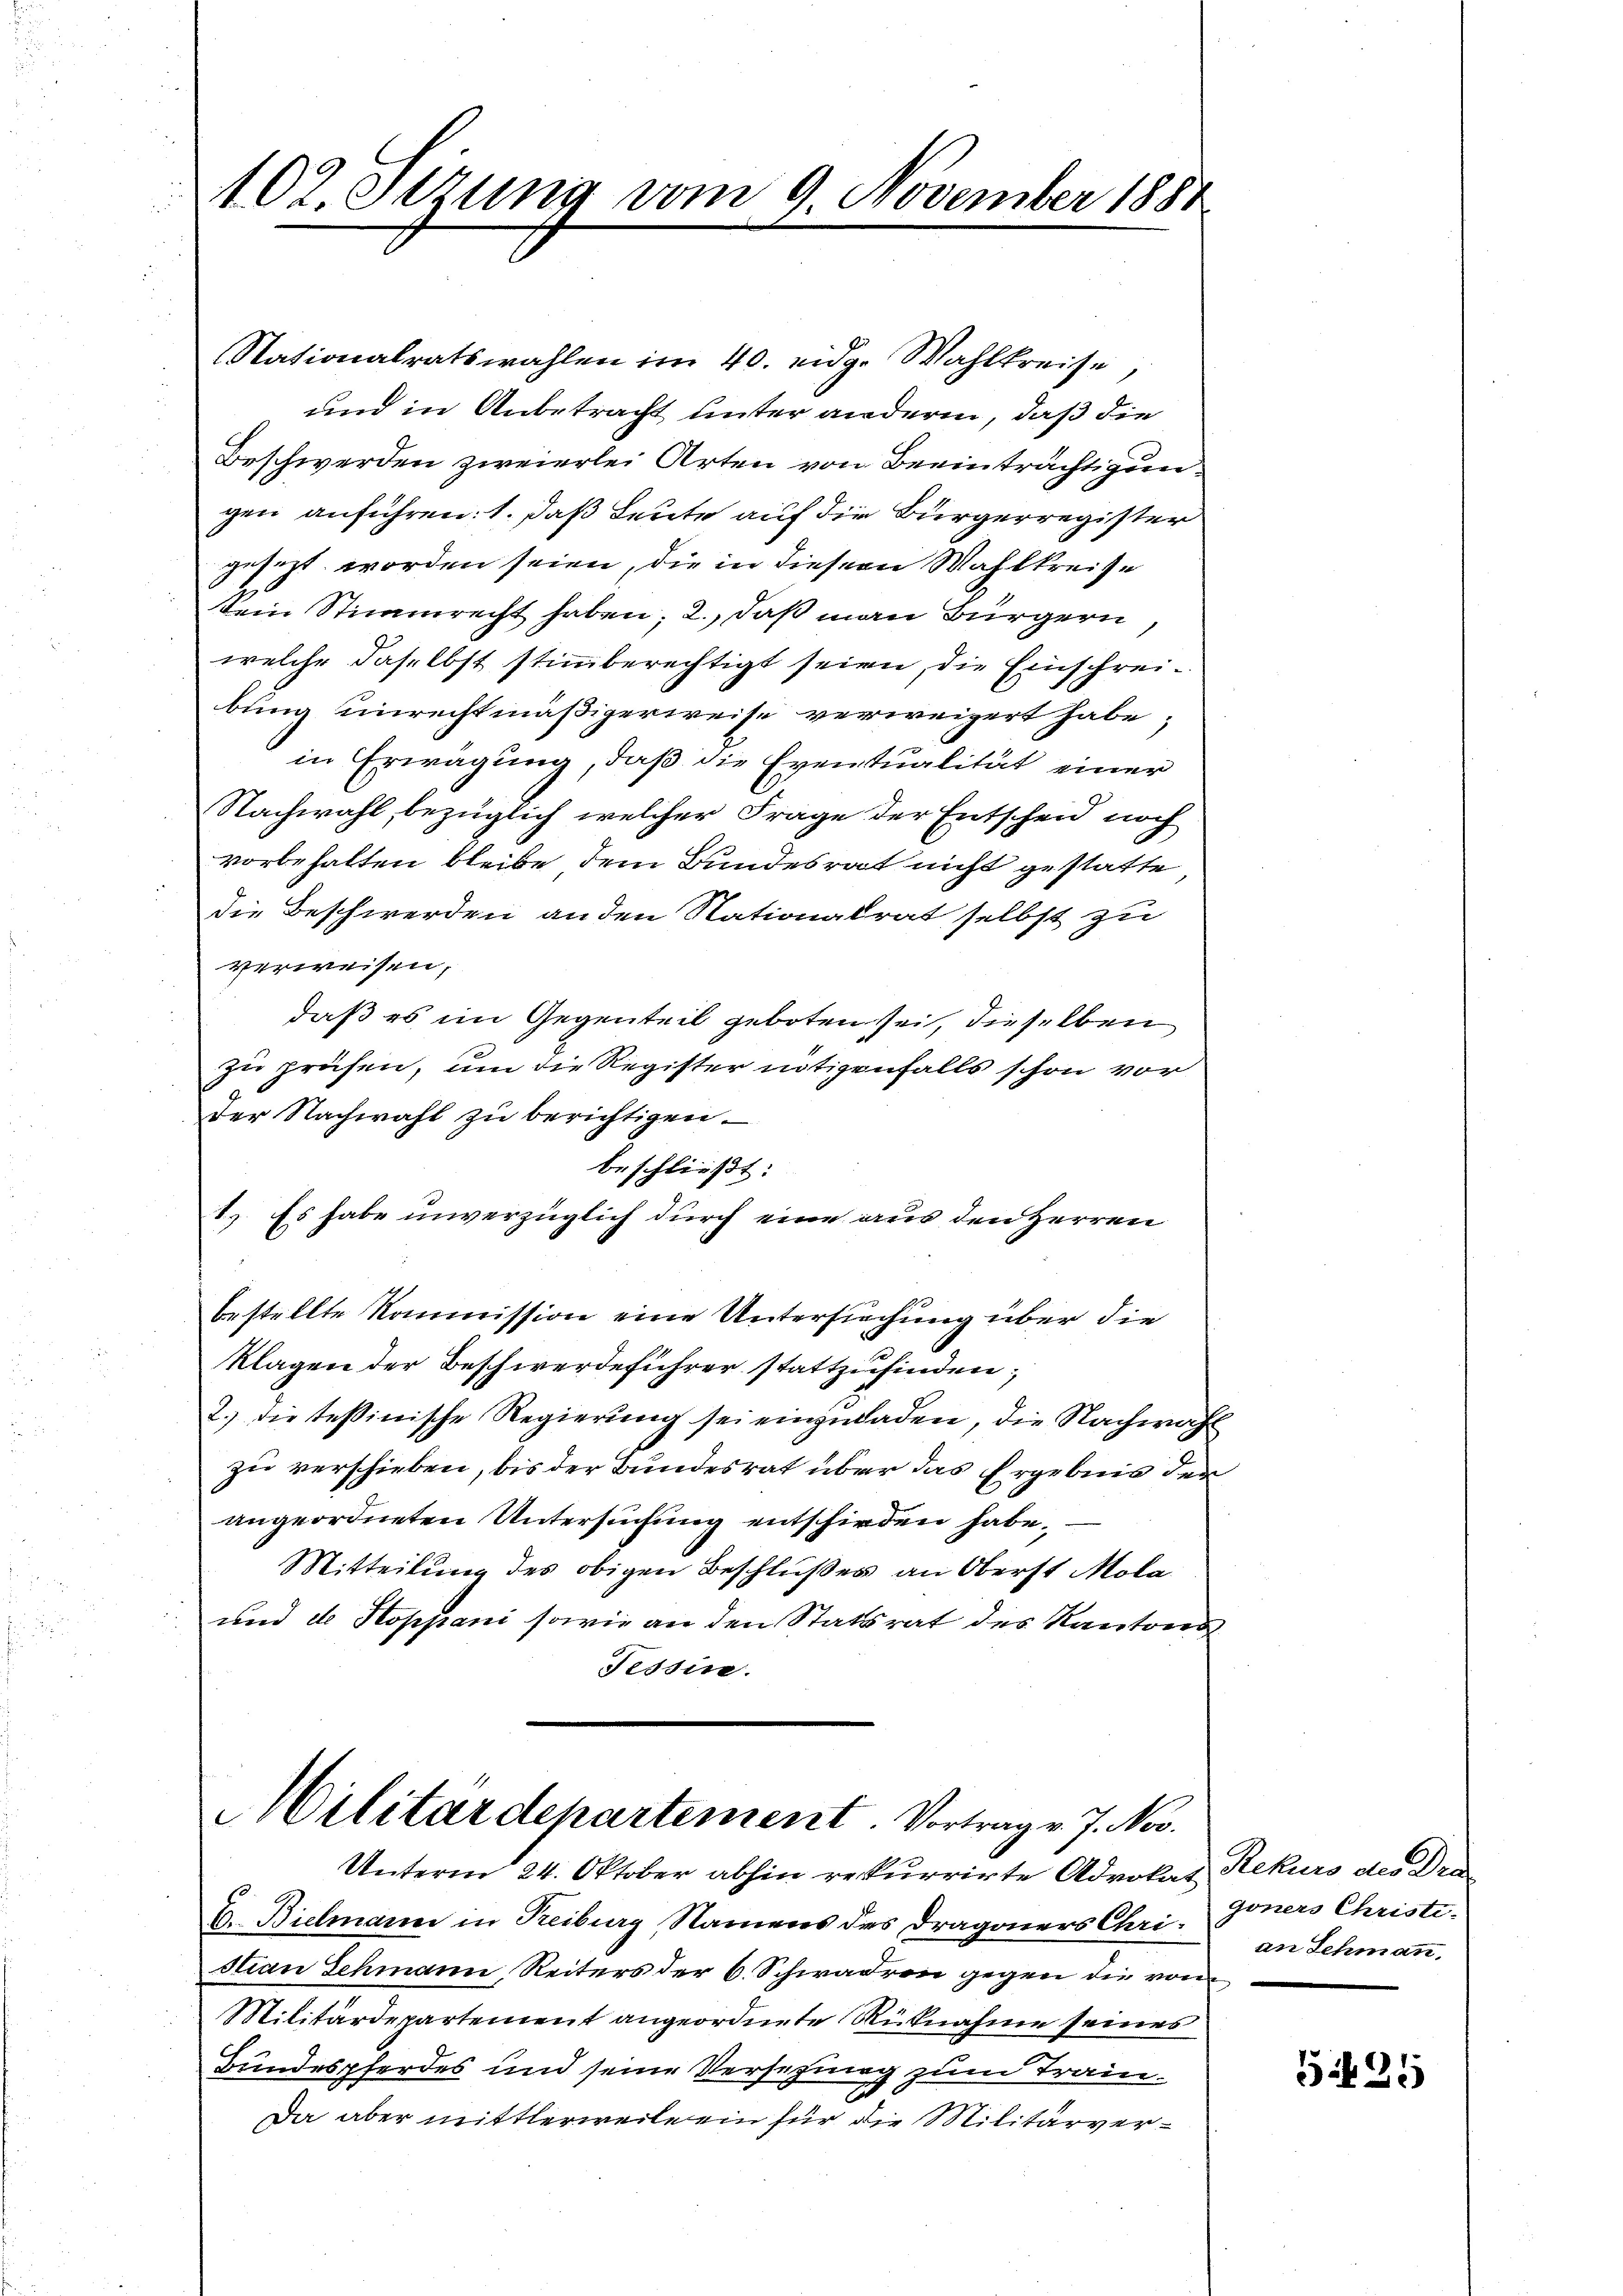
102. Setzung vom 9. November 1888

Nationalratswahlen im 40. eidg. Wahlkreise,
und in Anbetracht unter andere, daß die
Beschwerden zweierlei Arten von Beeinträchtigun
gen anführen: 1. daß Leute auf die Bürgerregister
gesezt worden seien, die in dieser Wahlkreise
ein Stimmrecht haben; 2., daß man Bürgern
welche daselbst stimmberechtigt seien, die Einschreibung unrechtmäßigerweise verweigert habe;
in Erwägung, daß die Eventualität einer
Nachwahl, bezüglich welcher Frage der Entscheid noch
vorbehalten bleibe, dem Bundesrat nicht gestatte,
die Beschwerden an den Nationalrat selbst zu
verweisen,
daß es im Gegenteil geboten sei, dieselben
zu prüfen, um die Register nötigenfalls schon vor
der Nachwahl zu berichtigen.
beschließt:
1. Es habe unverzüglich durch eine aus den Herren
bestellte Kommission eine Untersuchung über die
klagen der Beschwerdeführer stattzufinden;
2.) die tessinische Regierung sei einzuladen, die Nachwahl
zu verschieben, bis der Bundesrat über das Ergebnis der
angeordneten Untersuchung entschieden habe.
Mitteilung des obigen Beschlußes an Oberst Mola
und de Stoppani sowie an den Statsrat des Kantons
Tessin.

Militärdepartement. Vortrag v. J. Nov.

Unterm 24. Oktober abhin rekurrirte Advokat Rekurs des Dra
D. Bielmann in Reiburg, Namens des Dragoners Christian Schmann Reiters der 6. Schwadren gegen die vom
Militärdepartement angeordnete Rücknahme seines
Bundespferdes und seine Versezung zum Tram¬
Da aber mittlerweile ein für die Militärver¬

goners Christi-
an Schmann,

525